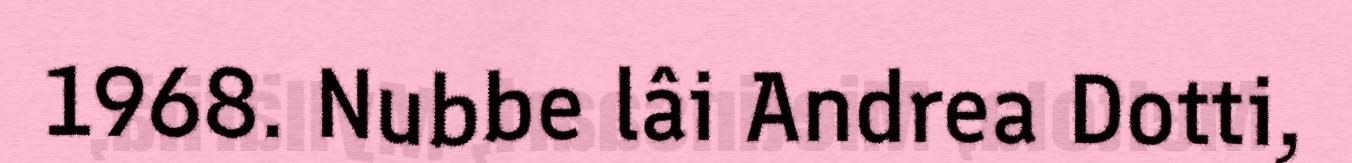
1968. Nubbe lâi Andrea Dotti,